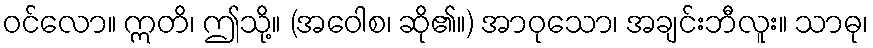
ဝင်လော။ ဣတိ၊ ဤသို့။ (အဝေါစ၊ ဆို၏။) အာဝုသော၊ အချင်းဘီလူး။ သာဓု၊